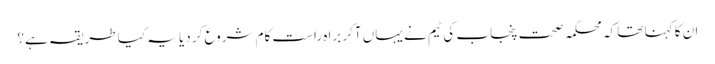
ان کا کہنا تھا کہ محکمہ صحت پنجاب کی ٹیم نے یہاں آکر براہ راست کام شروع کر دیا یہ کیا طریقہ ہے؟